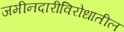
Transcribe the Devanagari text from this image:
जमीनदारीविरोधातील